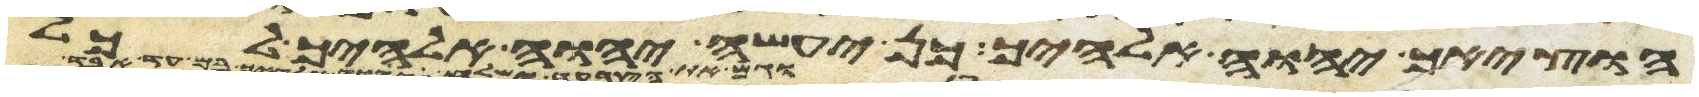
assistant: הוציאך יהוה אלהיך כן יעשה יהוה אלהיך לכל